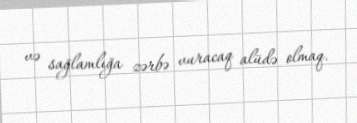
və sağlamlığa zərbə vuracaq alüdə olmaq.